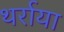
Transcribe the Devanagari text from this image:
थर्राया